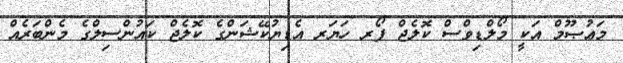
މަޢުޞޫމް އަކީ މޯލްޑިވްސް ކޮލެޖް ފޯރ ހަޔަރ އެޑިޔުކޭޝަންގެ ކޮލެޖް ކައުންސިލްގެ މެންބަރެއް